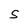
Character: S